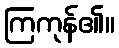
ကြကုန်၏။